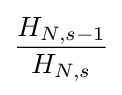
{\frac {H_{N,s-1}}{H_{N,s}}}